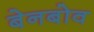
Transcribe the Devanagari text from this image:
बेनबोव